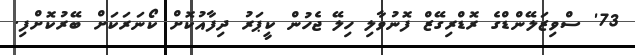
73' ސްވިޒަލޭންޑްގެ ރޮޑްރިގޭޒް ފޮނުވާލި ހިލޭ ޖެހުން ކީޕަރު ދިފާއުކޮށް ކޯނަރަކަށް ބޭރުކޮށްފި.